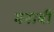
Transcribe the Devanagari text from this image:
मनाबी